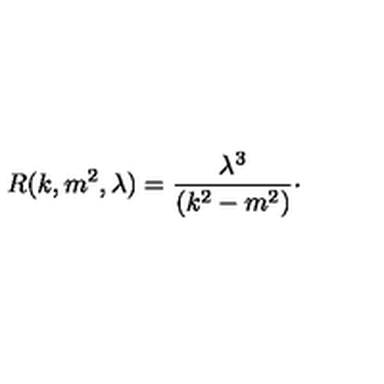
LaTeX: R ( k , m ^ { 2 } , \lambda ) = \frac { \lambda ^ { 3 } } { ( k ^ { 2 } - m ^ { 2 } ) } \cdot